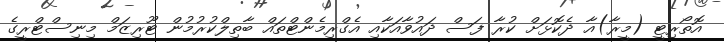
އޮތޯރިޓީ (މީރާ)އާ ދެކޮޅަށް ކުރާ ފަސް ދައުވާއަކާއި އެގްރިމެންޓްތައް ބާތިލްކުރުމުން ޓޫރިޒަމް މިނިސްޓްރީގެ